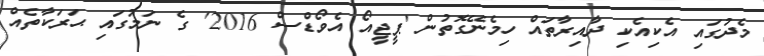
މެދުގައި އެކިއެކި ދާއިރާތައް ހިމެނޭގޮތުން 'ޕީޖީއޯ އެވޯޑްސް 2016' ގެ ނަމުގައި ޙަރަކާތެއް